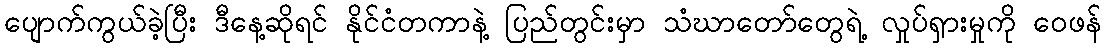
ပျောက်ကွယ်ခဲ့ပြီး ဒီနေ့ဆိုရင် နိုင်ငံတကာနဲ့ ပြည်တွင်းမှာ သံဃာတော်တွေရဲ့ လှုပ်ရှားမှုကို ဝေဖန်